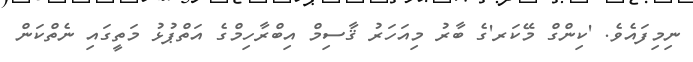
ނިމިފައެވެ. 'ކިންގް މޭކަރ'ގެ ބާރު މިއަހަރު ޤާސިމް އިބްރާހިމްގެ އަތްޕުޅު މަތީގައި ނެތްކަން